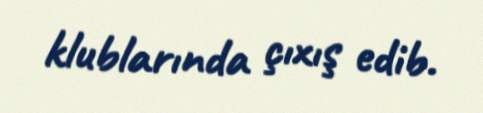
klublarında çıxış edib.